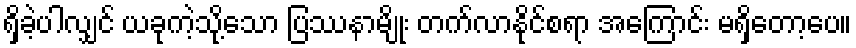
ရှိခဲ့ပါလျှင် ယခုကဲ့သို့သော ပြဿနာမျိုး တက်လာနိုင်စရာ အကြောင်း မရှိတော့ပေ။